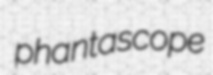
phantascope